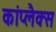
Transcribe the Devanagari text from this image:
कांप्लैक्स